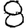
Digit: 8